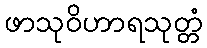
ဖာသုဝိဟာရသုတ္တံ